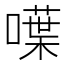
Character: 𠿚